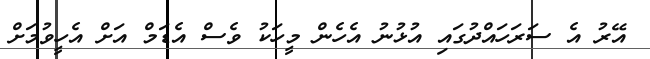
އޭރު އެ ސަރަހައްދުގައި އުޅުނު އެހެން މީހަކު ވެސް އެޑަމް އަށް އެހީވުމަށް